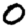
Digit: 0